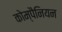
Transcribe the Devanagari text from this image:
कोम्पैनियन